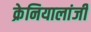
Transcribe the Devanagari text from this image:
क्रेनियालांजी